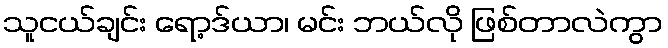
သူငယ်ချင်း ရော့ဒ်ယာ၊ မင်း ဘယ်လို ဖြစ်တာလဲကွာ